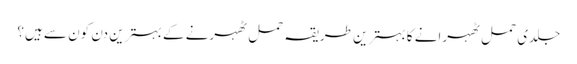
جلدی حمل ٹھہرانے کا بہترین طریقہ حمل ٹھہرنے کے بہترین دن کون سے ہیں؟